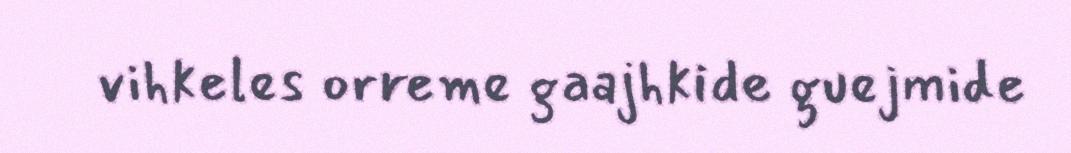
vihkeles orreme gaajhkide guejmide